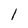
Character: 1